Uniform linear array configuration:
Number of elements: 4
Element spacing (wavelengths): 0.75
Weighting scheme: cosine
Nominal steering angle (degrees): -30
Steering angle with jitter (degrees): -30.7
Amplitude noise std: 0.05
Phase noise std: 0.05

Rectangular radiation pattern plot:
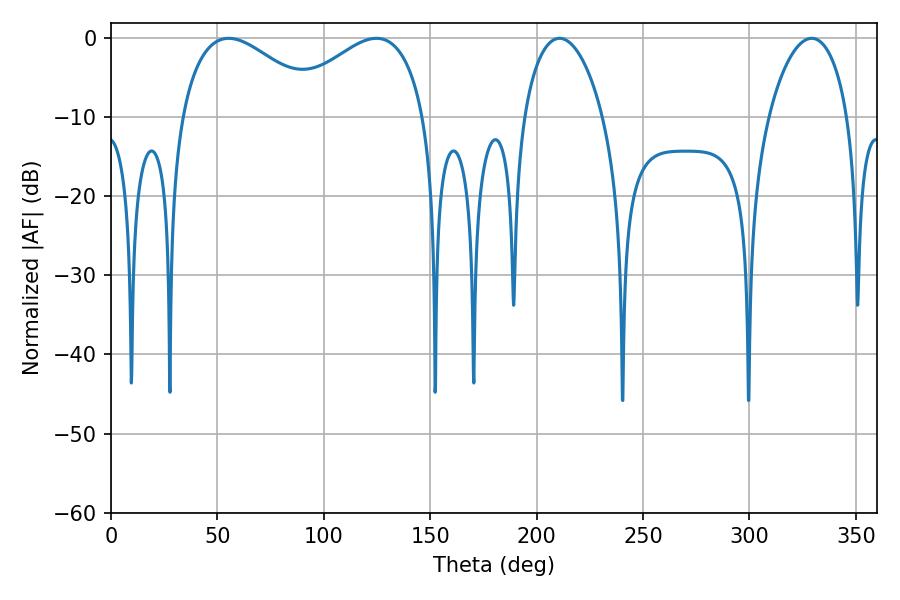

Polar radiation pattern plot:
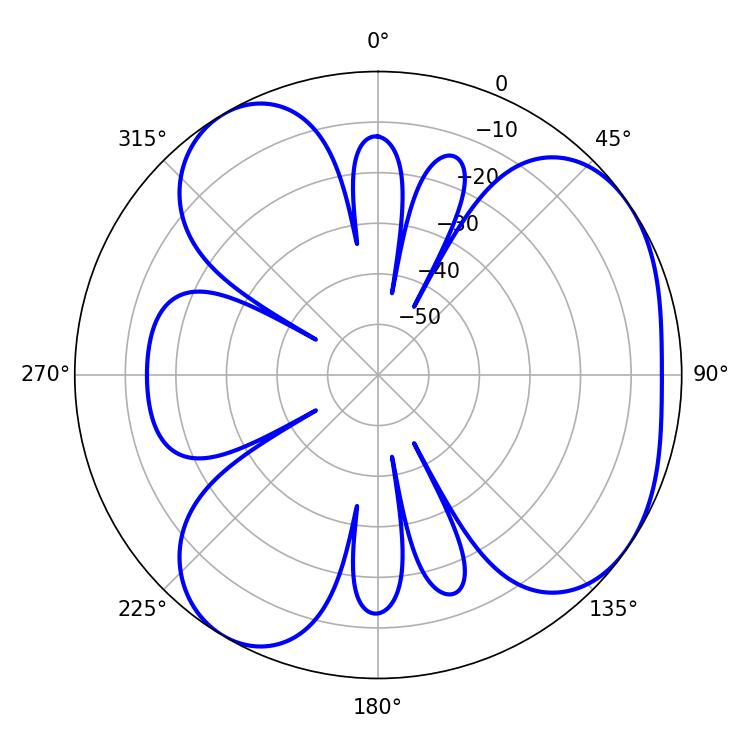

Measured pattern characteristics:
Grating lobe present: TRUE
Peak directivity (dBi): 4.784
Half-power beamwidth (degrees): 36.72
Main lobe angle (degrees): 55.26